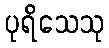
ပုရိသေသု